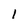
Character: 1